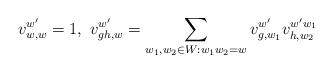
LaTeX: \begin{align*}v_{w,w}^{w'}=1,~v_{gh,w}^{w'}=\sum\limits_{w_1,w_2\in W:w_1w_2=w} v_{g,w_1}^{w'} v_{h,w_2}^{w'w_1}\end{align*}